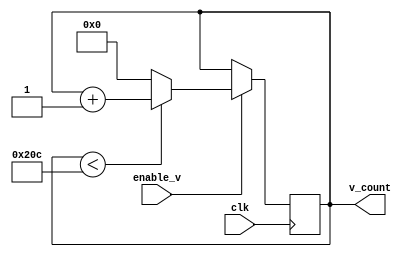
`timescale 1ns / 1ps
//////////////////////////////////////////////////////////////////////////////////
// Company: 
// Engineer: 
// 
// Design Name: 
// Module Name: v_counter
// Project Name: 
// Target Devices: 
// Tool Versions: 
// Description: 
// 
// Dependencies: 
// 
// Revision:
// Revision 0.01 - File Created
// Additional Comments:
// 
//////////////////////////////////////////////////////////////////////////////////


module v_counter(clk, enable_v, v_count);
  input clk;
  input enable_v;
  output [9:0] v_count;

  reg [9:0] v_count;
  
  initial v_count = 0;
  
  always @ (posedge clk)
    begin
      if (enable_v == 1)
        begin
          if (v_count < 524)
              v_count <= v_count + 1;
          else          
              v_count <= 0;            
        end
    end
endmodule